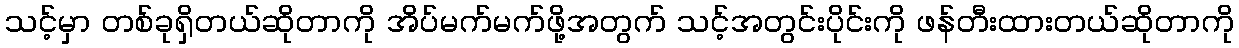
သင့်မှာ တစ်ခုရှိတယ်ဆိုတာကို အိပ်မက်မက်ဖို့အတွက် သင့်အတွင်းပိုင်းကို ဖန်တီးထားတယ်ဆိုတာကို